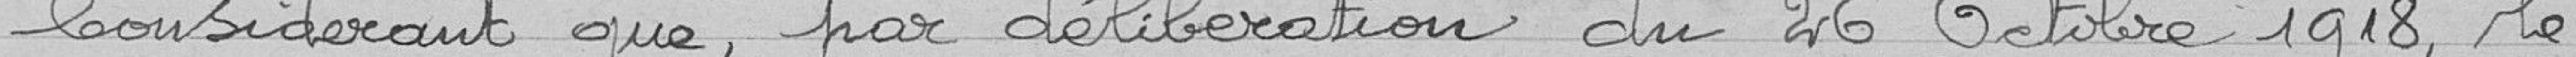
Considérant que, par délibération du 26 octobre 1918, le